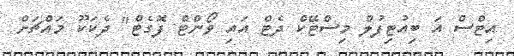
އިޓްސް އަ ބިއުޓިފުލް މިސްޓޭކް ދެޓް އައި ވޯންޓް ފޮގެޓް" ދެކަކޫ މައްޗަށް